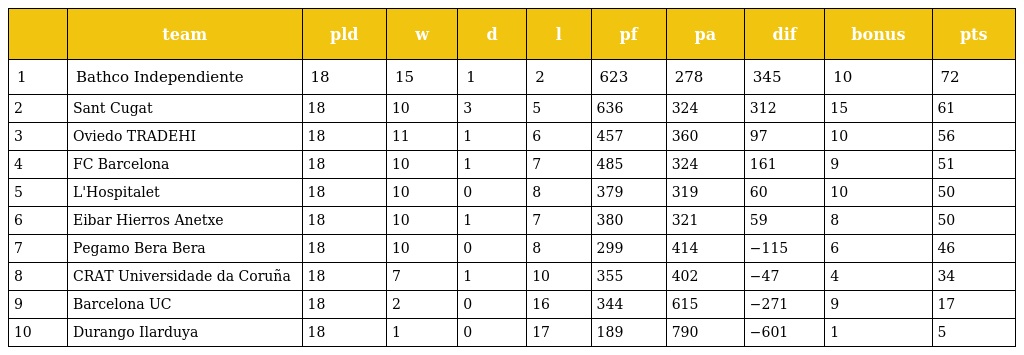
|  | team | pld | w | d | l | pf | pa | dif | bonus | pts |
 | --- | --- | --- | --- | --- | --- | --- | --- | --- | --- | --- |
 | 1 | Bathco Independiente | 18 | 15 | 1 | 2 | 623 | 278 | 345 | 10 | 72 |
 | 2 | Sant Cugat | 18 | 10 | 3 | 5 | 636 | 324 | 312 | 15 | 61 |
 | 3 | Oviedo TRADEHI | 18 | 11 | 1 | 6 | 457 | 360 | 97 | 10 | 56 |
 | 4 | FC Barcelona | 18 | 10 | 1 | 7 | 485 | 324 | 161 | 9 | 51 |
 | 5 | L'Hospitalet | 18 | 10 | 0 | 8 | 379 | 319 | 60 | 10 | 50 |
 | 6 | Eibar Hierros Anetxe | 18 | 10 | 1 | 7 | 380 | 321 | 59 | 8 | 50 |
 | 7 | Pegamo Bera Bera | 18 | 10 | 0 | 8 | 299 | 414 | −115 | 6 | 46 |
 | 8 | CRAT Universidade da Coruña | 18 | 7 | 1 | 10 | 355 | 402 | −47 | 4 | 34 |
 | 9 | Barcelona UC | 18 | 2 | 0 | 16 | 344 | 615 | −271 | 9 | 17 |
 | 10 | Durango Ilarduya | 18 | 1 | 0 | 17 | 189 | 790 | −601 | 1 | 5 |